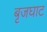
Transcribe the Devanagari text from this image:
बृजघाट